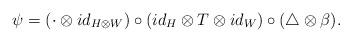
LaTeX: \begin{align*} \psi =(\cdot \otimes id_{H\otimes W})\circ(id_{H}\otimes T\otimes id_{W})\circ ( \triangle \otimes \beta ).\end{align*}